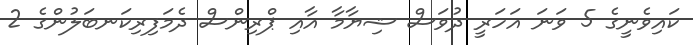
ކައިވެނީގެ 5 ވަނަ އަހަރީ ދުވަސް ޝިޔާމާ އާއި ޕްރިންސް ދެމަފިރިކަނބަލުންގެ 2